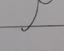
Signature authenticity: forged